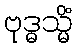
ဗုဒ္ဓသ္မိံ